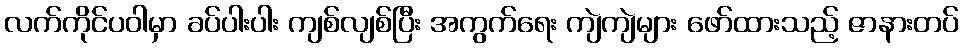
လက်ကိုင်ပဝါမှာ ခပ်ပါးပါး ကျစ်လျစ်ပြီး အကွက်ရေး ကျဲကျဲများ ဖော်ထားသည့် ဇာနားတပ်